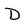
Character: D